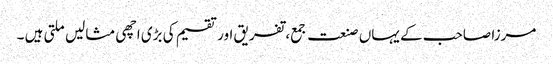
مرزا صاحب کے یہاں صنعت جمع، تفریق اور تقسیم کی بڑی اچھی مثالیں ملتی ہیں ۔